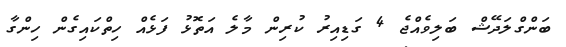
ބަންގްލަދޭޝް ބަލިވެއްޖެ 4 ގަޑިއިރު ކުރިން މާލެ އަތޮޅު ފަޅެއް ހިތްކައިގެން ހިންގާ